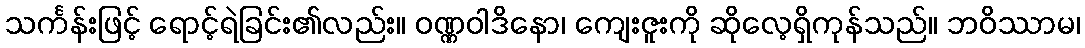
သင်္ကန်းဖြင့် ရောင့်ရဲခြင်း၏လည်း။ ဝဏ္ဏဝါဒိနော၊ ကျေးဇူးကို ဆိုလေ့ရှိကုန်သည်။ ဘဝိဿာမ၊